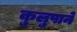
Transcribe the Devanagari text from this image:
कुलुपाने